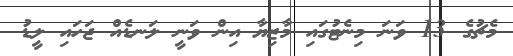
މެޗުގެ 13 ވަނަ މިނެޓުގައި މާޒިޔާ އިން ވަނީ ލަނޑެއް ޖަހައި ލީޑު